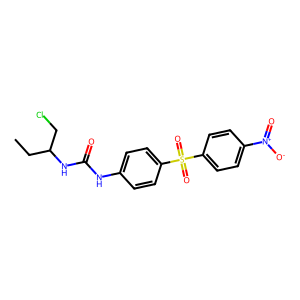
SMILES: CCC(CCl)NC(=O)Nc1ccc(S(=O)(=O)c2ccc([N+](=O)[O-])cc2)cc1
Inhibits HIV replication: No